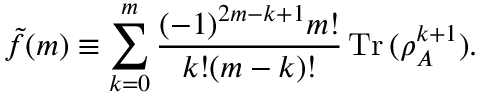
\tilde { f } ( m ) \equiv \sum _ { k = 0 } ^ { m } \frac { ( - 1 ) ^ { 2 m - k + 1 } m ! } { k ! ( m - k ) ! } \operatorname { T r } { ( \rho _ { A } ^ { k + 1 } ) } .